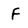
Character: F